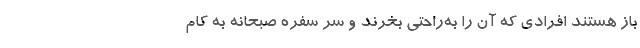
باز هستند افرادی که آن را به‌راحتی بخرند و سر سفره صبحانه به کام